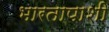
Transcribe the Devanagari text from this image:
भारतापाशी